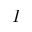
I